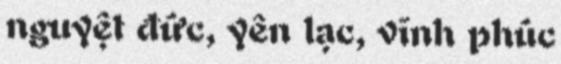
nguyệt đức, yên lạc, vĩnh phúc